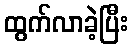
ထွက်လာခဲ့ပြီး